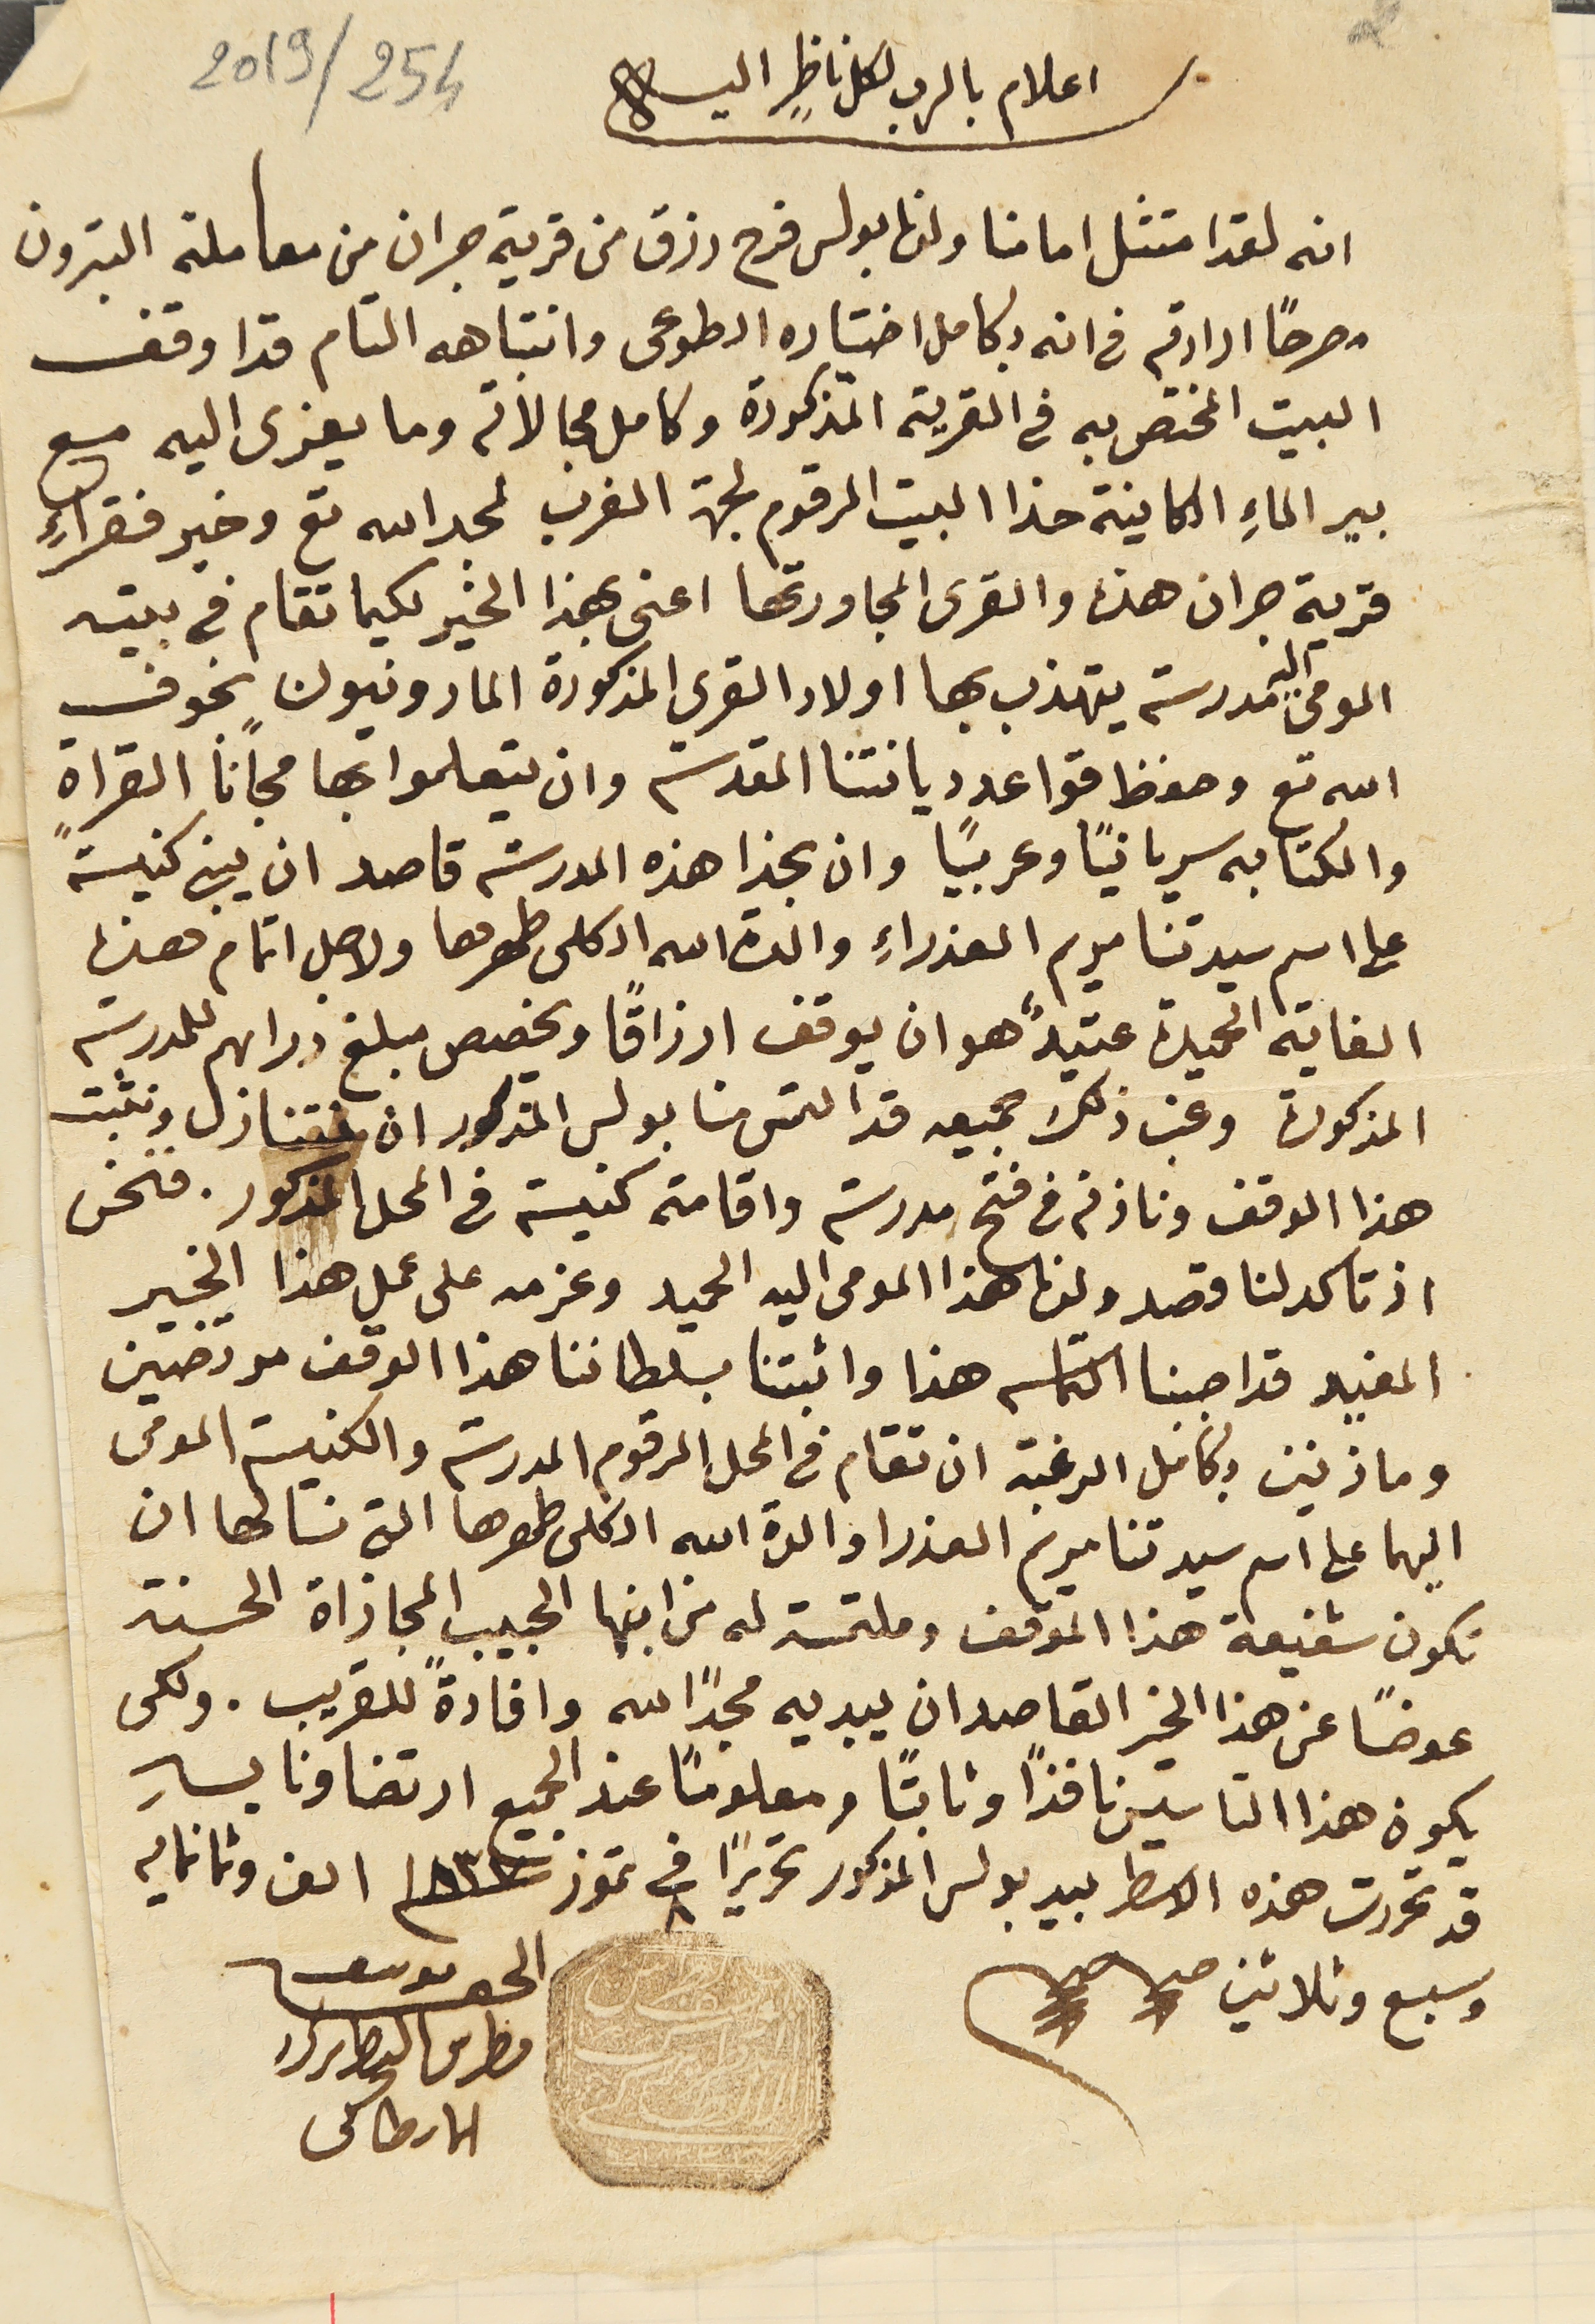
اعلام بالرب لكل ناظرٍ اليه
انه لقد امتثل امامنا ولدنا بولس فرح رزق من قرية جران من معاملة البترون
 مصرحاً ارادته فى انه بكامل اختياره الطوعى وانتباهه التام قد اوقف
البيت المختص به فى القرية المذكورة وكامل مجالاته وما يعزى اليه مع
 بير الماءِ الكاينة حذا البيت المرقوم لجهة الغرب لمجد الله تع وخير فقراءِ
 قرية جران هذه والقرى المجاورتها اعنى بهذا الخير لكيما تقام في بيته
المومى اليه مدرسة يتهذب بها اولاد القرى المذكورة المارونيون بخوف
الله تع وحفظ قواعد ديانتنا المقدسة وان يتعلموا بها مجانًا القراة
والكتابه سريانياً وعربياً وان يجيزا هذه المدرسة قاصد ان يبنى كنيسةً
 على اسم سيدتنا مريم العذراءِ والدة الله الكلى طهرها ولاجل اتمام هذه
الغاية الحميدة عتيدً هو ان يوقف ارزاقًا ويخصص مبلغ دراهم للمدرسة
 المذكورة وغب ذلك جميعه قد التمس منا بولس المذكور ان نتنازل ونثبت
 هذا الوقف وناذنه فى فتح مدرسة واقامة كنيسة فى المحل المذكور. فنحن
اذ تاكد لنا قصد ولدنا هذا المومى اليه الحميد وعزمه على عمل هذا الخير
 المفيد قد اجبنا التماسه هذا واثبتنا بسلطاننا هذا الوقف مرتضين
وماذنين بكامل الرغبة ان تقام فى المحل المرقوم المدرسة والكنيسة المومى
اليهما على اسم سيدتنا مريم العذرا والدة الله الكلى طهرها التى نَسالها ان
تكون شفيعة هذا الوقف وملتمسة له من ابنها الحبيب المجازاة الحسنة
عوضاً عن هذا الخير القاصدان يبديه مجدًا لله وافادة للقريب. ولكى
يكون هذا التاسيس نافذًا وثابتًا ومعلومًا عند الجميع ارتضاونا بهِ
قد تحررت هذه الاسطر بيد بولس المذكور تحريراً في ٨ تموز  ١٨٣٧ الف وثمانمايه
وسبع وثلاثين صح صح  الحقير يوسف
بطرس البطرىرك الانطاكى
2019/254